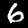
Label: 6